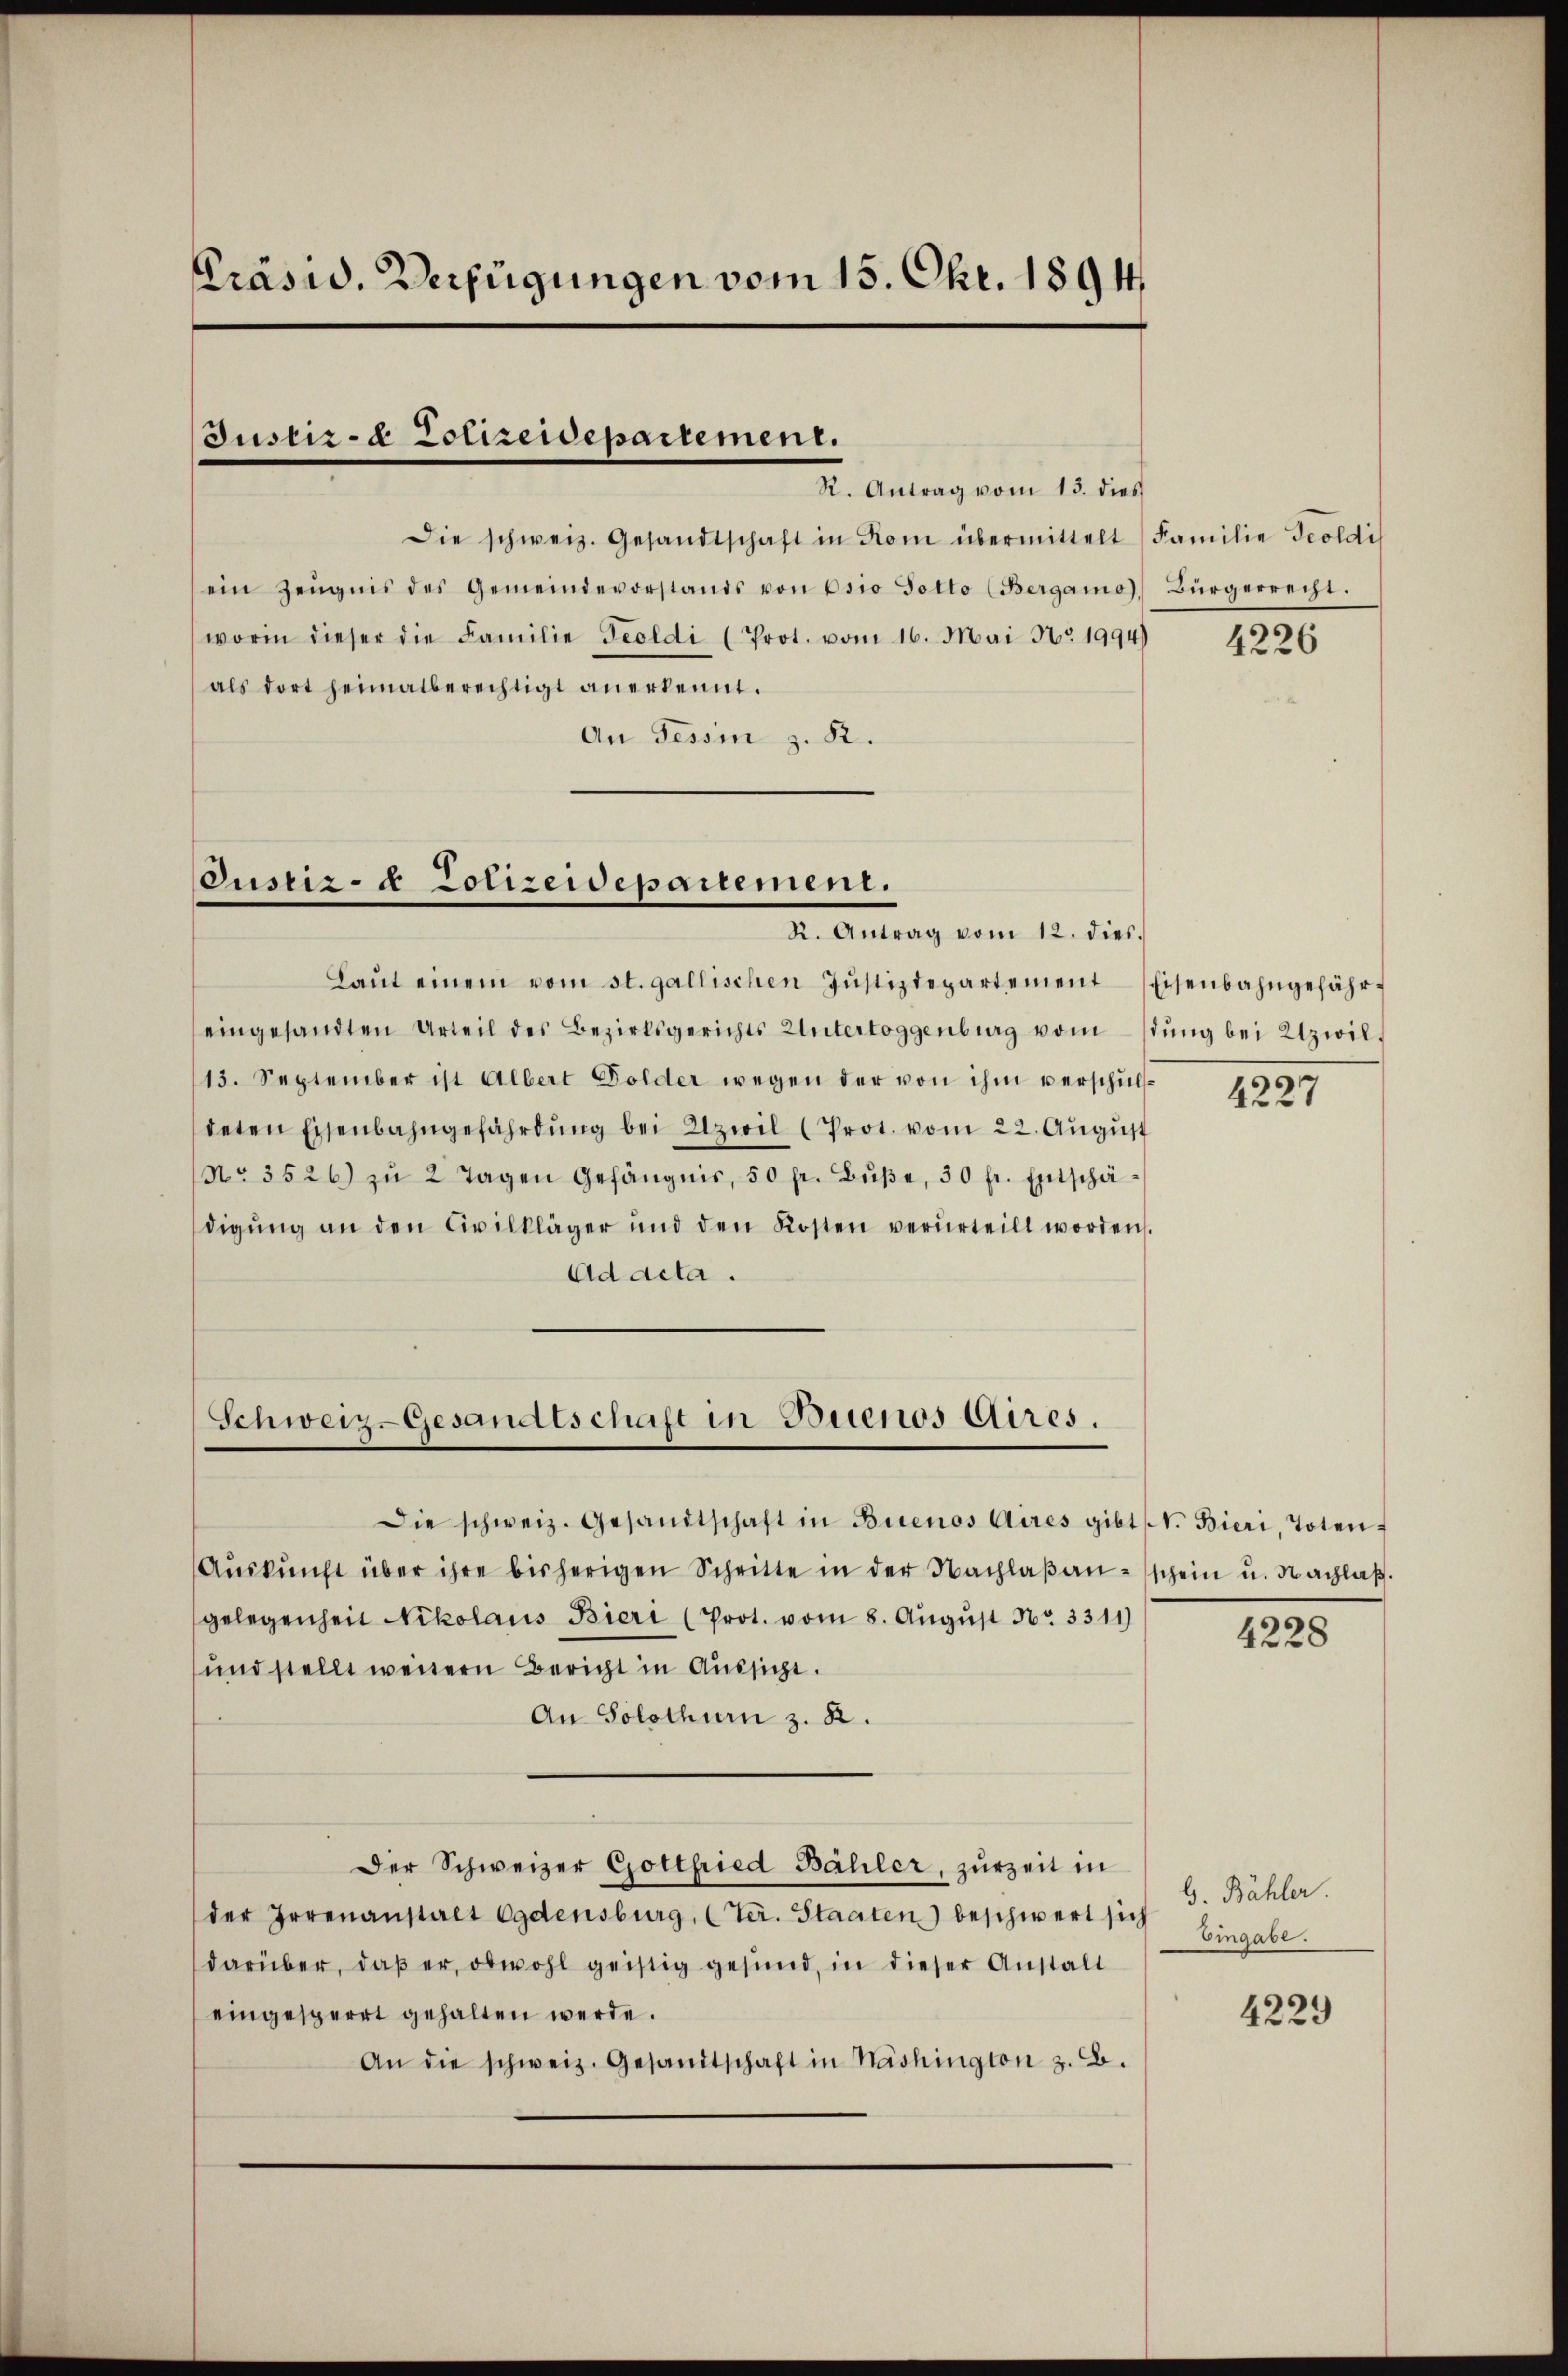
Präsid. Verfügungen vom 15. Okt. 1894

Justiz- & Polizeidepartement.

Die schweiz. Gesandtschaft in Rom übermittelt Familie Teoldis
ein Zeŭgnis des Gemeindevorstands von Esio Totto (Bergamo), Bürgerrecht.
worin dieser die Familie Teeldi (Prot. vom 16. Mai No. 1994)
als dort heimatberechtigt anerkennt.
An Tessin z. B.

Oustiz- & Polizeidepartement.
K. Antrag vom 12. dies.

Laŭt einem vom st. gallischen Jŭstizdepartement Eisenbahngefähreingesandten Urteil des Bezirksgerichts Untertoggenburg vom stŭng bei Uzwil¬
13. September ist Albert Golder wegen der von ihm verschŭlsdeten Eisenbahngefährdung bei Azwil (Prot. vom 22. August
No. 3526) zŭ 2 Tagen Gefängnis, 50 fr. Bŭβe, 30 fl. Entschä-
digŭng an den Civilkläger und den Kosten verurteilt worden.
Ad acta.

Schweiz. Gesandtschaft in Buenos Aires.

Die schweiz. Gesandtschaft in Buenos Aires gibt W. Bieri, Toten-
Aŭskŭnft über ihre bisherigen Schritte in der Nachlaβ aŭsschein u. Nachlaβ.
gelegenheit Nikolaus Bieri (Prot. vom 8. August Nr. 3311)
und stellt wendern Bericht in Aussicht.
An Solothurn z. R.
Der Schweizer Gottfried Bähler, zurzeit in
der Irrenanstalt Ogdensburg, (Ver. Staaten) beschwert sich
darüber, daß er, obwohl geistig gesund, in dieser Anstalt
eingesperrt gehalten werde.
An die schweiz. Gesamtschaft in Näshington z. B.

R. Antrag vom 13. dies

4226

4227

4228

G. Bähler.
Eingabe.

4229